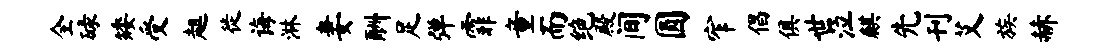
全碌矮受趄徙诲淋妻酬足弹霏童而绝殿间圆窄倡俱世泣麒先刊艾族赫